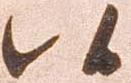
候